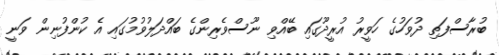
ބުރާސްފަތި ދުވަހުގެ ހަވީރު އުރީދޫގައި ބޭއްވި ނޫސްވެރިންގެ ބައްދަލުވުމުގައި އެ ކުންފުނިން ވަނީ